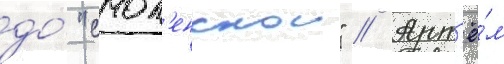
до́ "смол'енскои" // Арт'ё́м